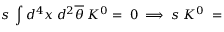
s \; \int d ^ { 4 } x \; d ^ { 2 } \overline { { { \theta } } } \; K ^ { 0 } = \; 0 \; \Longrightarrow \; s \; K ^ { 0 } \; = \;